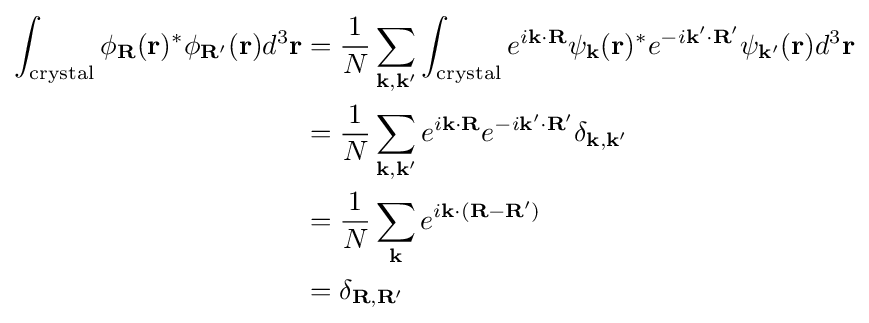
{\begin{aligned}\int _{\text{crystal}}\phi _{\mathbf {R} }(\mathbf {r} )^{*}\phi _{\mathbf {R'} }(\mathbf {r} )d^{3}\mathbf {r} &={\frac {1}{N}}\sum _{\mathbf {k,k'} }\int _{\text{crystal}}e^{i\mathbf {k} \cdot \mathbf {R} }\psi _{\mathbf {k} }(\mathbf {r} )^{*}e^{-i\mathbf {k'} \cdot \mathbf {R'} }\psi _{\mathbf {k'} }(\mathbf {r} )d^{3}\mathbf {r} \\&={\frac {1}{N}}\sum _{\mathbf {k,k'} }e^{i\mathbf {k} \cdot \mathbf {R} }e^{-i\mathbf {k'} \cdot \mathbf {R'} }\delta _{\mathbf {k,k'} }\\&={\frac {1}{N}}\sum _{\mathbf {k} }e^{i\mathbf {k} \cdot \mathbf {(R-R')} }\\&=\delta _{\mathbf {R,R'} }\end{aligned}}